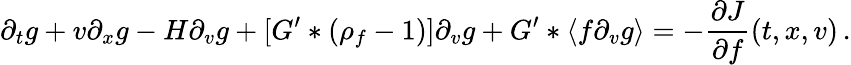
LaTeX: \partial_{t}g+v\partial_{x}g-H\partial_{v}g+[G^{\prime}\ast(\rho_{f}-1)]\partial_{v}g+G^{\prime}\ast\langle f\partial_{v}g\rangle=-\frac{\partial J}{\partial f}(t,x,v)\, .